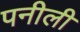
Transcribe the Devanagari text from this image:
पनीली